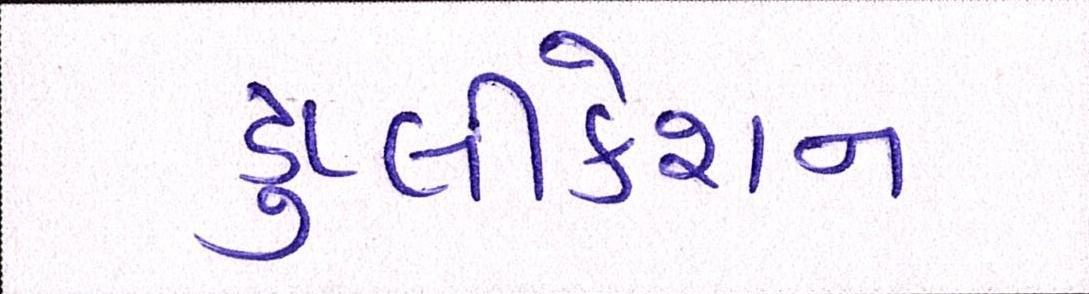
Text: ડુપ્લીકેશન